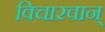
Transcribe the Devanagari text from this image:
विचारवान्